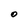
Character: O